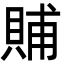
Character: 䝵